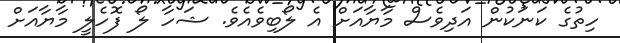
ހިތުގެ ކަނަކުން އަދިވެސް މާޔާއަށް އެ ލޯބިވެއެވެ. ޝަހާ ލޯ ފޮހެލީ މާޔާއަށް